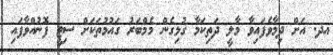
އދ. އަށް ދިމާވެފައިވާ މާލީ ދަތިކަމާ ގުޅިގެން މެމްބަރު ގައުމުތަކަށް ސިޓީ ފޮނުއްވާފައި